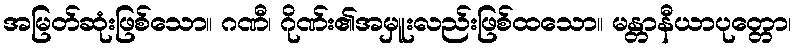
အမြတ်ဆုံးဖြစ်သော။ ဂဏီ၊ ဂိုဏ်း၏အမှူးလည်းဖြစ်ထသော။ မန္တာနီယာပုတ္တော၊